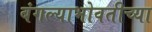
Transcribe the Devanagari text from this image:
बंगल्याभोवतीच्या